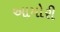
આમોરી